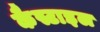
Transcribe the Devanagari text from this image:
कैस्टाइल